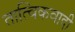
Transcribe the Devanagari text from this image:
तात्विकवादी